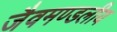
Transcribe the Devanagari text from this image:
जैवमण्डलीय